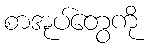
စာအုပ်တွေကို